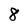
Character: 8